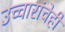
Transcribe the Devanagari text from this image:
उच्चारांचेही